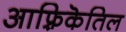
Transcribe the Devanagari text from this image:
आफ़्रिकॆतिल